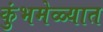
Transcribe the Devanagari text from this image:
कुंभमेळ्यात